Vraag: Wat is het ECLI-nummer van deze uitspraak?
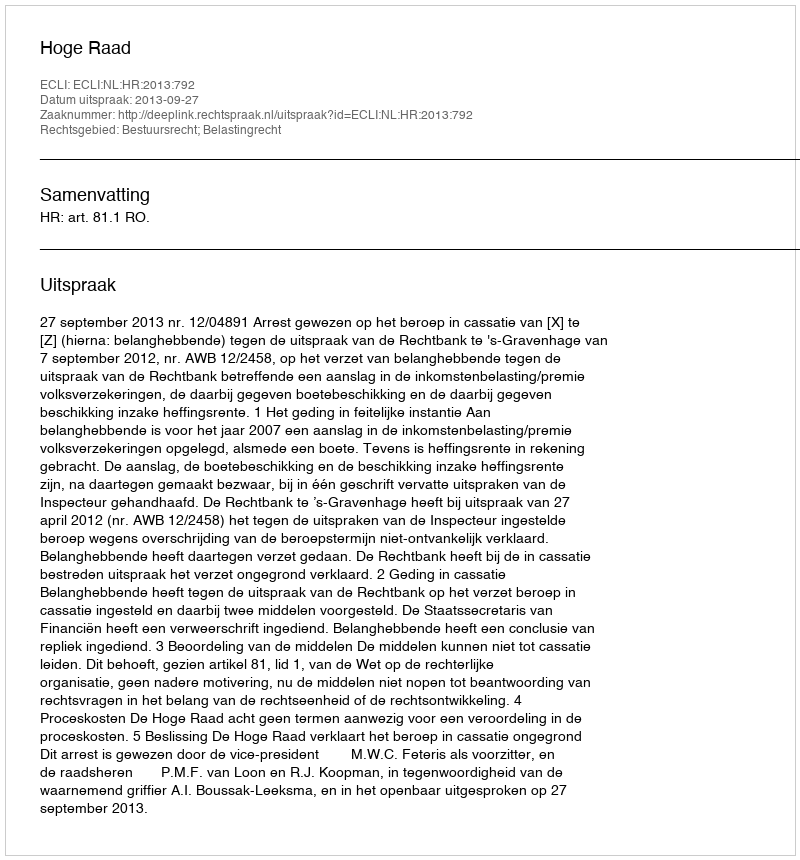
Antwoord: ECLI:NL:HR:2013:792